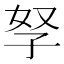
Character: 孥